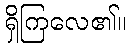
ရှိကြလေ၏။